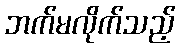
ဘက်မလိုက်သည့်